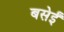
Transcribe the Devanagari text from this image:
बसेईं